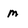
Character: m